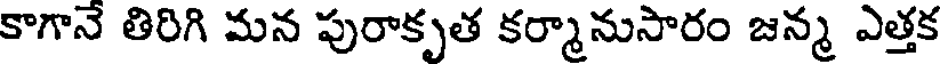
కాగానే తిరిగి మన పురాకృత కర్మానుసారం జన్మ ఎత్తక